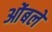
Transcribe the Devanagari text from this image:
ओंबले